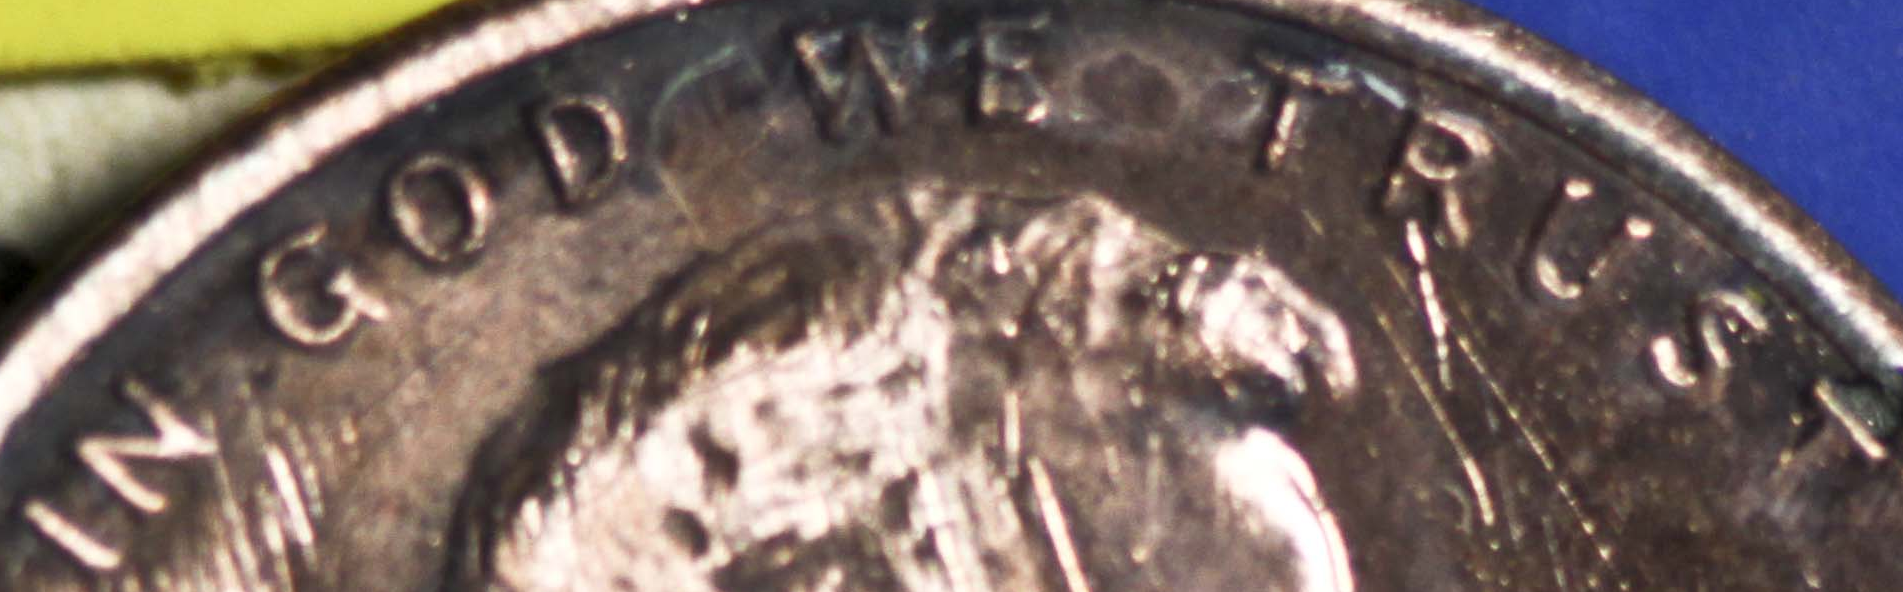
IN GOD WE TRUST